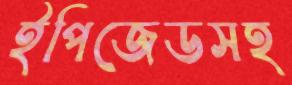
ইপিজেডসহ